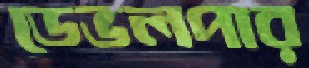
ডেভলপার